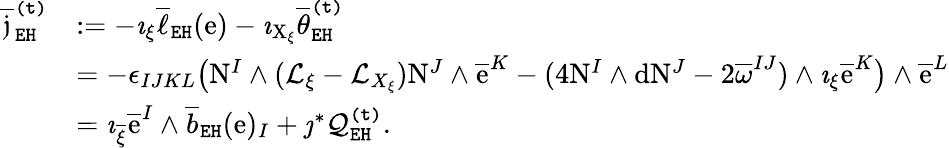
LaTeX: \begin{array}{rl}{\overline{{\mathfrak{j}}}_{\mathtt{EH}}^{\mathtt{(t)}}}&{:=-\imath_{\xi}\overline{{\ell}}_{\mathtt{EH}}(\mathrm{e})-\imath_{\mathrm{X}_{\xi}}\overline{{\theta}}_{\mathtt{EH}}^{\mathtt{(t)}}}\\ &{=-\epsilon_{IJKL}\big(\mathrm{N}^{I}\wedge(\mathcal{L}_{\xi}-\mathcal{L}_{X_{\xi}})\mathrm{N}^{J}\wedge\overline{{\mathrm{e}}}^{K}-(4\mathrm{N}^{I}\wedge\mathrm{d}\mathrm{N}^{J}-2\overline{{\omega}}^{IJ})\wedge\imath_{\xi}\overline{{\mathrm{e}}}^{K}\big)\wedge\overline{{\mathrm{e}}}^{L}}\\ &{=\imath_{\overline{{\xi}}}\overline{{\mathrm{e}}}^{I}\wedge\overline{{b}}_{\mathtt{EH}}(\mathrm{e})_{I}+\jmath^{*}\mathcal{Q}_{\mathtt{EH}}^{\mathtt{(t)}}.}\end{array}